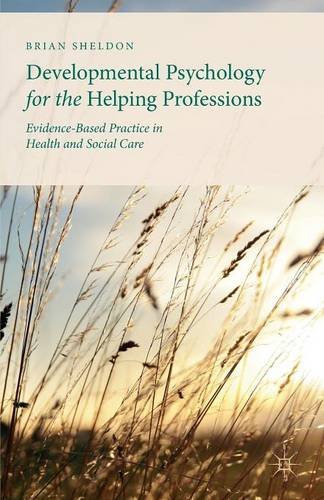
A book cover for Developmental Psychology for the Helping Professions: Evidence-Based Practice in Health and Social Care; Brian Sheldon; Medical Books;